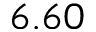
6 . 6 0